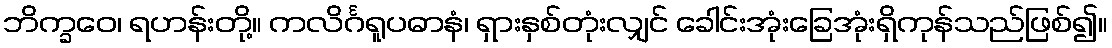
ဘိက္ခဝေ၊ ရဟန်းတို့။ ကလိင်္ဂရူပဓာနံ၊ ရှားနှစ်တုံးလျှင် ခေါင်းအုံးခြေအုံးရှိကုန်သည်ဖြစ်၍။